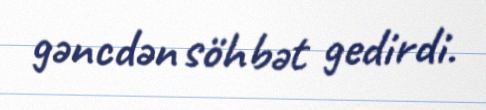
gəncdən söhbət gedirdi.